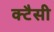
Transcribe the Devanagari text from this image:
क्टैसी